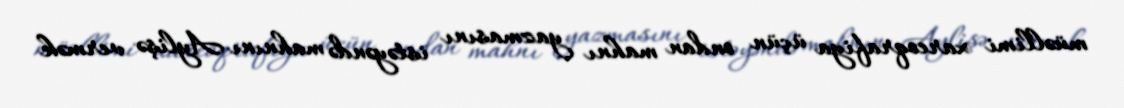
müəllimi xareoqrafiya üçün ondan mahnı yazmasını istəyəndə mahnını Aylişə vermək